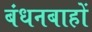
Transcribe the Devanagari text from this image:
बंधनबाहों